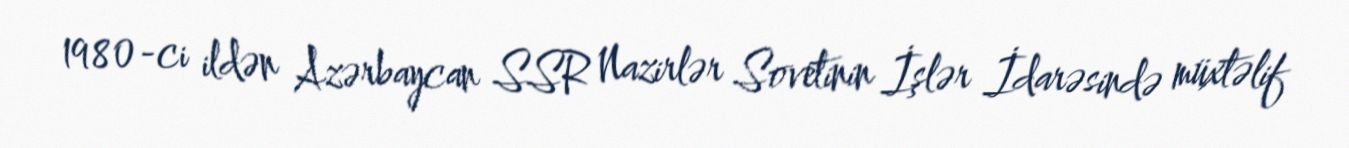
1980-ci ildən Azərbaycan SSR Nazirlər Sovetinin İşlər İdarəsində müxtəlif